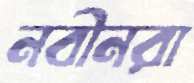
নবীনরা